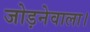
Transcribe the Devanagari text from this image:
जोड़नेवाला।